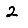
Digit: 2